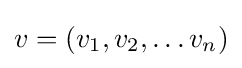
v=(v_{1},v_{2},\ldots v_{n})